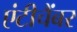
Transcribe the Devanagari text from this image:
एंटीचैंबर